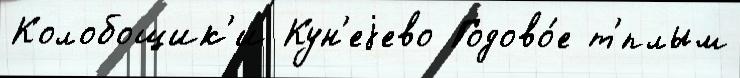
Колобощик'и Кун'еjево Годово́е т'́плым